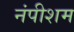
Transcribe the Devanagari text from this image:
नंपीशम